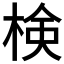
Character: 検